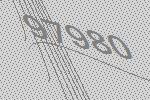
97980